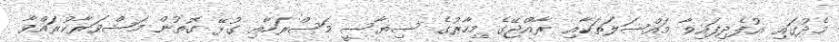
މެދުގައި އުފެދިފައިވާ މައްސަލަތަކާއި ރާއްޖޭގެ މިހާރުގެ ސިޔާސީ މަސްރަހާއި ގުޅޭ ގޮތުން މަޝްވަރާކުރައްވާ